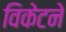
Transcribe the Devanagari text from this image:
विकेटने